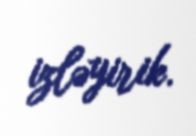
izləyirik.